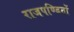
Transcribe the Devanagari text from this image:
राजपण्डितों